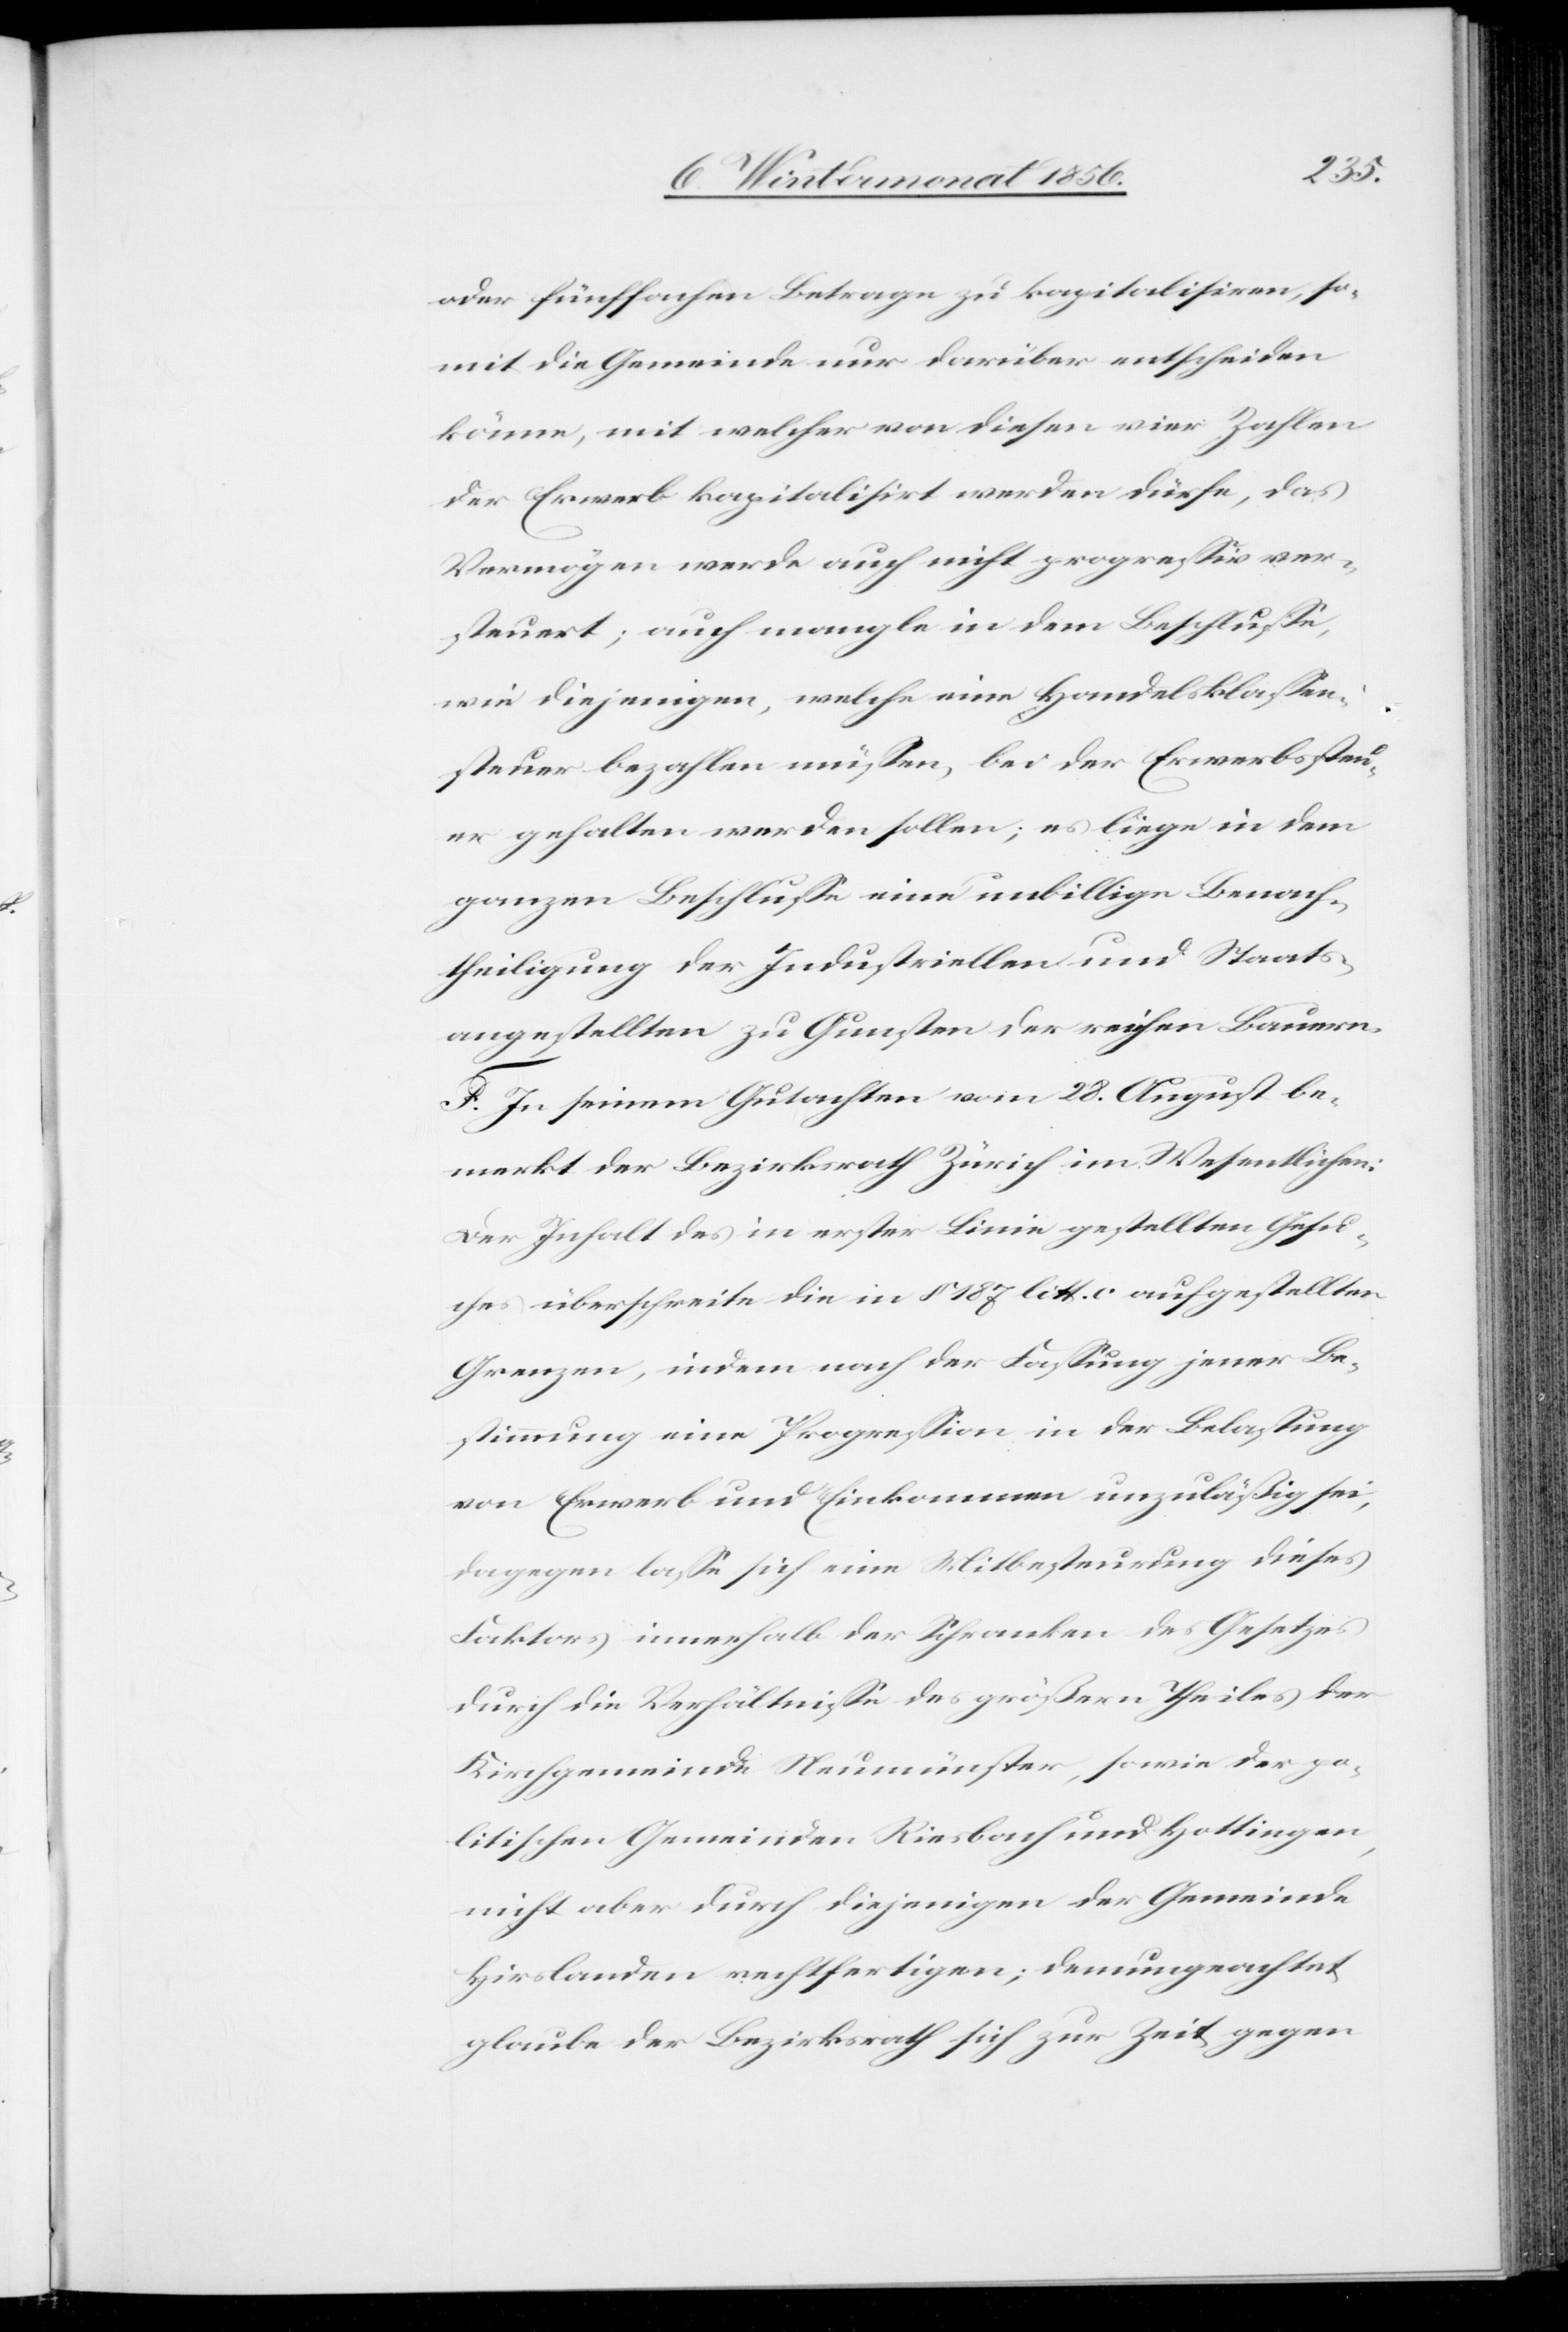
oder fünffachen Betrage zu kapitalisiren, so¬
mit die Gemeinde nur darüber entscheiden
könne, mit welcher von diesen vier Zahlen
der Erwerb kapitalisirt werden dürfe, das
Vermögen werde auch nicht progressiv ver¬
steuert; auch mangle in dem Beschlusse,
wie diejenigen, welche eine Handelsklassen¬
steuer bezahlen müssen, bei der Erwerbssteu¬
er gehalten werden sollen; es liege in dem
ganzen Beschlusse eine unbillige Benach¬
theiligung der Industriellen und Staats¬
angestellten zu Gunsten der reichen Bauern.
F. In seinem Gutachten vom 28. August be¬
merkt der Bezirksrath Zürich im Wesentlichen:
Der Inhalt des in erster Linie gestellten Gesu¬
ches überschreite die in § 187 litt. c aufgestellten
Grenzen, indem nach der Fassung jener Be¬
stimmung eine Progression in der Belastung
von Erwerb und Einkommen unzuläßig sei,
dagegen lasse sich eine Mitbesteurung dieses
Faktors innerhalb der Schranken des Gesetzes
durch die Verhältnisse des größern Theiles der
Kirchgemeinde Neumünster, sowie der po¬
litischen Gemeinden Riesbach und Hottingen,
nicht aber durch diejenigen der Gemeinde
Hirslanden rechtfertigen; demungeachtet
glaube der Bezirksrath sich zur Zeit gegen